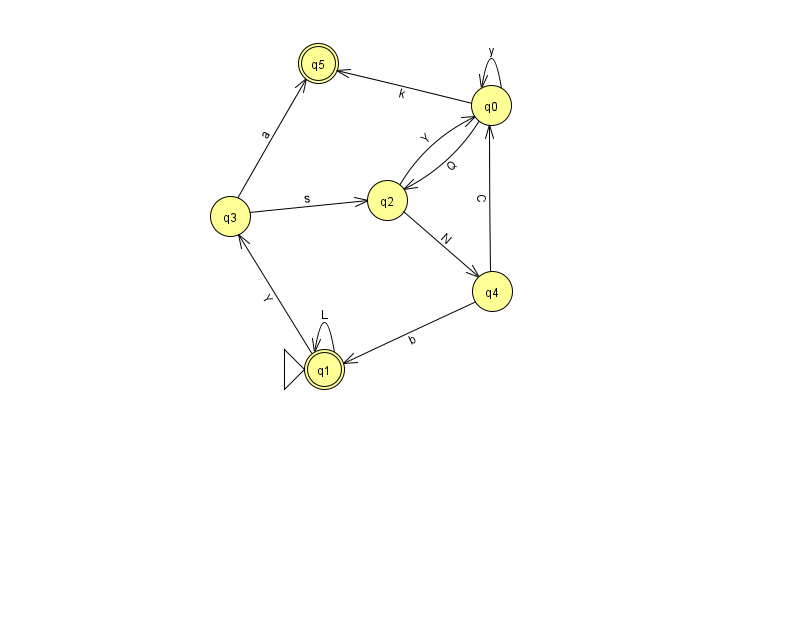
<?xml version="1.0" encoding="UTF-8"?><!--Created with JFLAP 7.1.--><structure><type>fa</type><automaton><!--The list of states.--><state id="0" name="q0"><x>491.0</x><y>92.0</y></state><state id="1" name="q1"><x>324.0</x><y>356.0</y><initial/><final/></state><state id="2" name="q2"><x>387.0</x><y>187.0</y></state><state id="3" name="q3"><x>230.0</x><y>203.0</y></state><state id="4" name="q4"><x>492.0</x><y>278.0</y></state><state id="5" name="q5"><x>318.0</x><y>50.0</y><final/></state><!--The list of transitions.--><transition><from>2</from><to>0</to><read>Y</read></transition><transition><from>3</from><to>5</to><read>a</read></transition><transition><from>4</from><to>1</to><read>b</read></transition><transition><from>0</from><to>0</to><read>y</read></transition><transition><from>2</from><to>4</to><read>N</read></transition><transition><from>0</from><to>2</to><read>Q</read></transition><transition><from>0</from><to>5</to><read>k</read></transition><transition><from>1</from><to>3</to><read>Y</read></transition><transition><from>1</from><to>1</to><read>L</read></transition><transition><from>4</from><to>0</to><read>C</read></transition><transition><from>3</from><to>2</to><read>s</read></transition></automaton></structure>